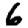
Digit: 6